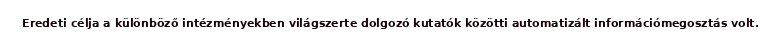
Eredeti célja a különböző intézményekben világszerte dolgozó kutatók közötti automatizált információmegosztás volt.